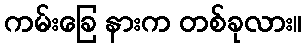
ကမ်းခြေ နားက တစ်ခုလား။